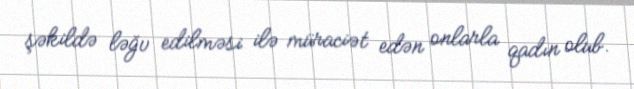
şəkildə ləğv edilməsi ilə müraciət edən onlarla qadın olub.